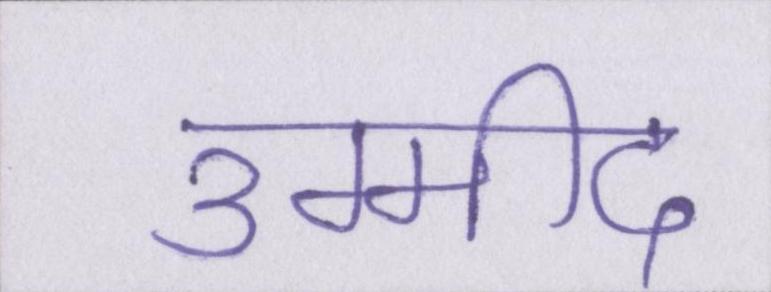
उम्मीद